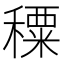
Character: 𥢕